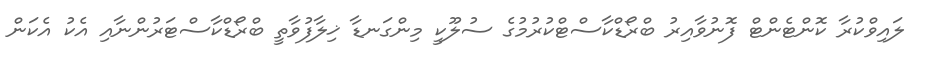
ލައިވްކުރާ ކޮންޓެންޓް ފޮނުވާއިރު ބްރޯޑްކާސްޓްކުރުމުގެ ސުލޫކީ މިންގަނޑާ ޚިލާފުވާތީ ބްރޯޑްކާސްޓަރުންނާއި އެކު އެކަން